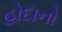
હોદાનો